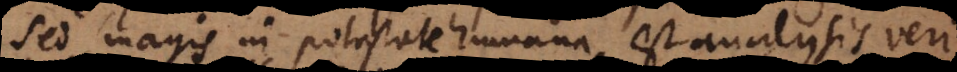
ergi. potestate humana est analysis veri